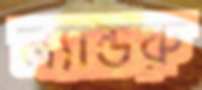
ল্যান্ডরু